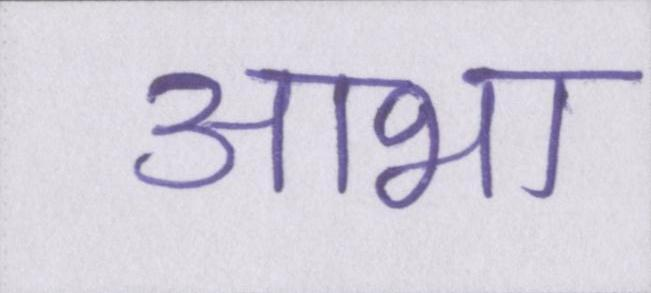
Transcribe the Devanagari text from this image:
आभा